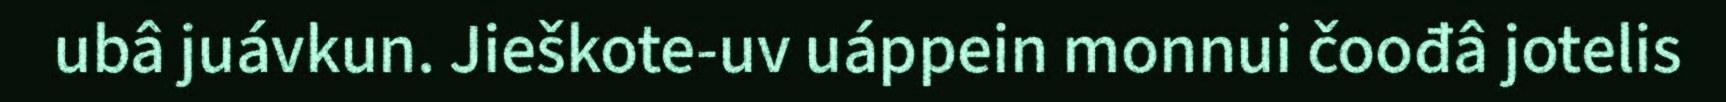
ubâ juávkun. Jieškote-uv uáppein monnui čoođâ jotelis